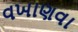
વખાણવા